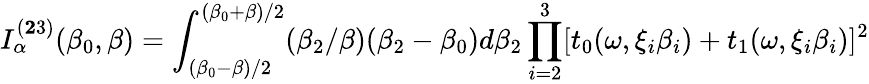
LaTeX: I_{\alpha}^{({\mathbf 23})}({\beta}_{0},{\beta})=\int_{({\beta}_{0}-{\beta})/2}^{({\beta}_{0}+{\beta})/2}({\beta}_{2}/{\beta})({\beta}_{2}-{\beta}_{0})d{\beta}_{2}\prod_{i=2}^{3}[t_{0}({\omega},{\xi}_{i}{\beta}_{i})+t_{1}({\omega},{\xi}_{i}{\beta}_{i})]^{2}